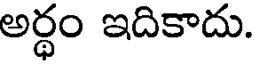
అర్ధం ఇదికాదు.